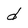
Character: d